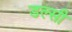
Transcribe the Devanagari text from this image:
डल्सी